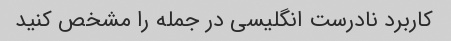
کاربرد نادرست انگلیسی در جمله را مشخص کنید